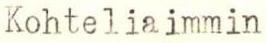
Kohteliaimmin